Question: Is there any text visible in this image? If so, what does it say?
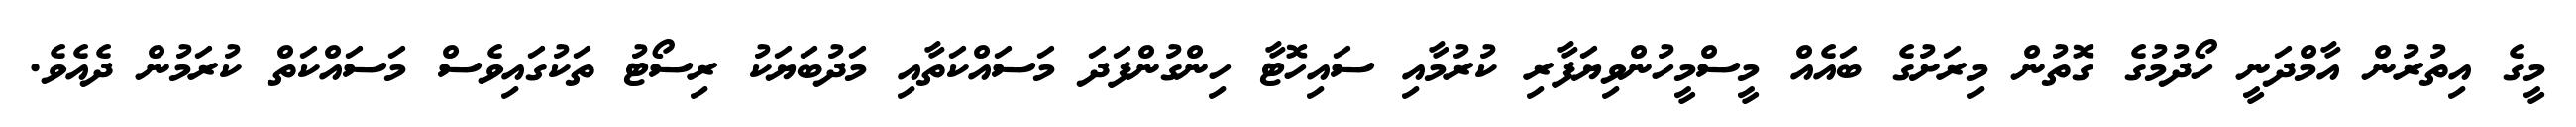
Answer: މީގެ އިތުރުން އާމްދަނީ ހޯދުމުގެ ގޮތުން މިރަށުގެ ބައެއް މީސްމީހުންވިޔަފާރި ކުރުމާއި ސައިހޮޓާ ހިންގުންފަދަ މަސައްކަތާއި މަދުބަޔަކު ރިސޯޓު ތަކުގައިވެސް މަސައްކަތް ކުރަމުން ދެއެވެ.